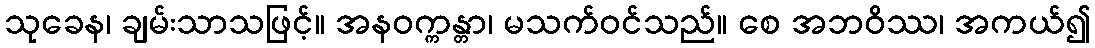
သုခေန၊ ချမ်းသာသဖြင့်။ အနဝက္ကန္တာ၊ မသက်ဝင်သည်။ စေ အဘဝိဿ၊ အကယ်၍